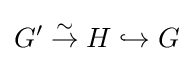
G'\;{\stackrel {\sim }{\to }}\;H\hookrightarrow G